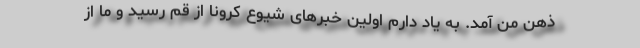
ذهن من آمد. به یاد دارم اولین خبرهای شیوع کرونا از قم رسید و ما از